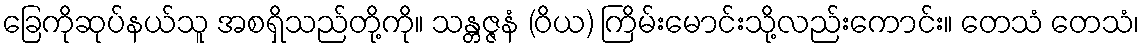
ခြေကိုဆုပ်နယ်သူ အစရှိသည်တို့ကို။ သန္တဇ္ဇနံ (ဝိယ) ကြိမ်းမောင်းသို့လည်းကောင်း။ တေသံ တေသံ၊